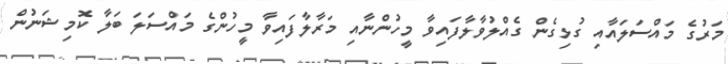
މަރުގެ މައްސަލައާއި ގުޅިގެން ގެއްލުވާލާފައިވާ މީހުންނާއި މަރާލާފައިވާ މީހުންގެ މައްސަލަ ބަލާ ކޮމިޝަނުން